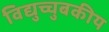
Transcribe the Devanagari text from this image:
विद्युच्चुबकीय